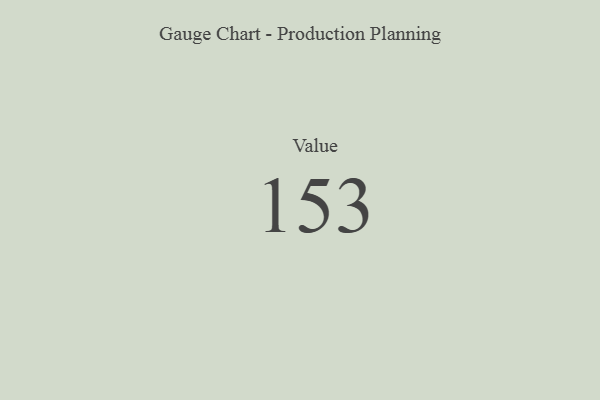
{"axis": {"x": "Metric", "y": "Value"}, "legend": [""], "data": [{"x": "Value", "y": 153, "type": ""}]}